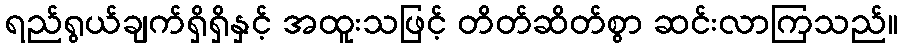
ရည်ရွယ်ချက်ရှိရှိနှင့် အထူးသဖြင့် တိတ်ဆိတ်စွာ ဆင်းလာကြသည်။